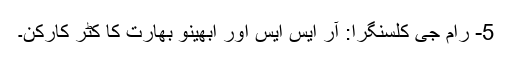
5- رام جی کلسنگرا: آر ایس ایس اور ابھینو بھارت کا کٹر کارکن۔